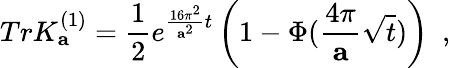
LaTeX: TrK_{\mathbf a}^{(1)}={\frac{1}{2}}e^{{\frac{16\pi^{2}}{{\mathbf a}^{2}}}t}\left(1-\Phi({\frac{4\pi}{\mathbf a}}\sqrt{t})\right)~~,